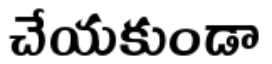
చేయకుండా